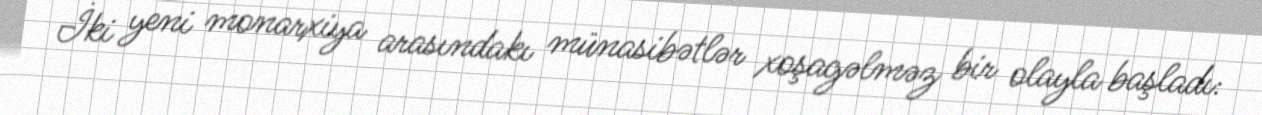
İki yeni monarxiya arasındakı münasibətlər xoşagəlməz bir olayla başladı: